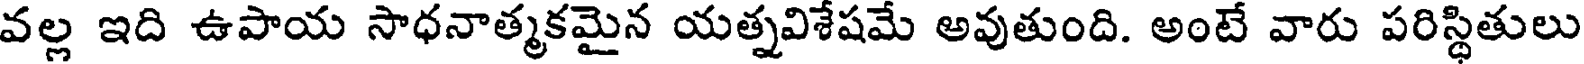
వల్ల ఇది ఉపాయ సాధనాత్మకమైన యత్నవిశేషమే అవుతుంది. అంటే వారు పరిస్థితులు